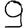
Digit: 9